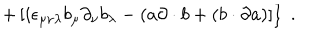
\left. + \, [ i \epsilon _ { \mu \nu \lambda } b _ { \mu } \partial _ { \nu } b _ { \lambda } - ( a \partial \cdot b + ( b \cdot \partial a ) ] \right\} \; .